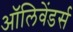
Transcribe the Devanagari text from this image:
ऑलिवेंडर्स